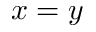
x = y